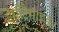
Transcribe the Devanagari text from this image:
ऐसीटैमाइड।